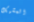
المشبك